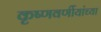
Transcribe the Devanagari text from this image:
कृष्णवर्णीयांच्या